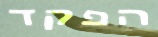
הפקד